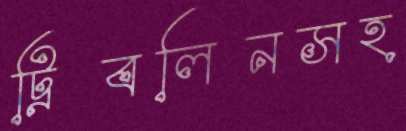
ট্রিবলিনসহ